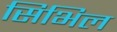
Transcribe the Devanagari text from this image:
सिभिल